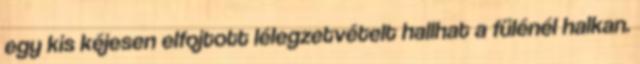
egy kis kéjesen elfojtott lélegzetvételt hallhat a fülénél halkan.